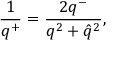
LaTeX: \frac { 1 } { q ^ { + } } = \frac { 2 q ^ { - } } { q ^ { 2 } + \hat { q } ^ { 2 } } ,